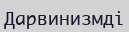
Дарвинизмді